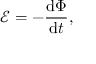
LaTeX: { \mathcal { E } } = - { \frac { \mathrm { d } \Phi } { \mathrm { d } t } } ,